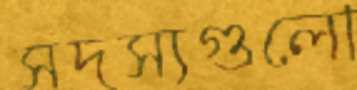
সদস্যগুলো